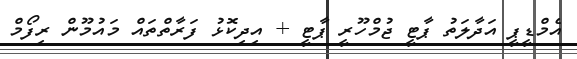
އެމްޑީޕީ އަދާލަތު ޕާޓީ ޖުމްހޫރީ ޕާޓީ + އިދިކޮޅު ފަރާތްތައް މައުމޫން ރިފޯމް